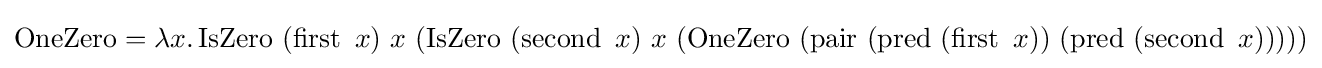
\operatorname {OneZero} =\lambda x.\operatorname {IsZero} \ (\operatorname {first} \ x)\ x\ (\operatorname {IsZero} \ (\operatorname {second} \ x)\ x\ (\operatorname {OneZero} \ (\operatorname {pair} \ (\operatorname {pred} \ (\operatorname {first} \ x))\ (\operatorname {pred} \ (\operatorname {second} \ x)))))